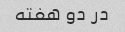
در دو هفته